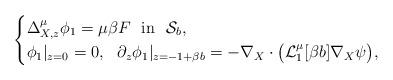
LaTeX: \begin{align*} \begin{cases} \Delta_{X,z}^{\mu}\phi_1 = \mu \beta F \ \ \mathrm{in} \ \ \mathcal{S}_b,\\ \phi_1|_{z=0} = 0, \ \ \partial_z \phi_1|_{z=-1 + \beta b} = - \nabla_X \cdot \big(\mathcal{L}_{1}^{\mu}[\beta b]\nabla_X\psi\big), \end{cases} \end{align*}